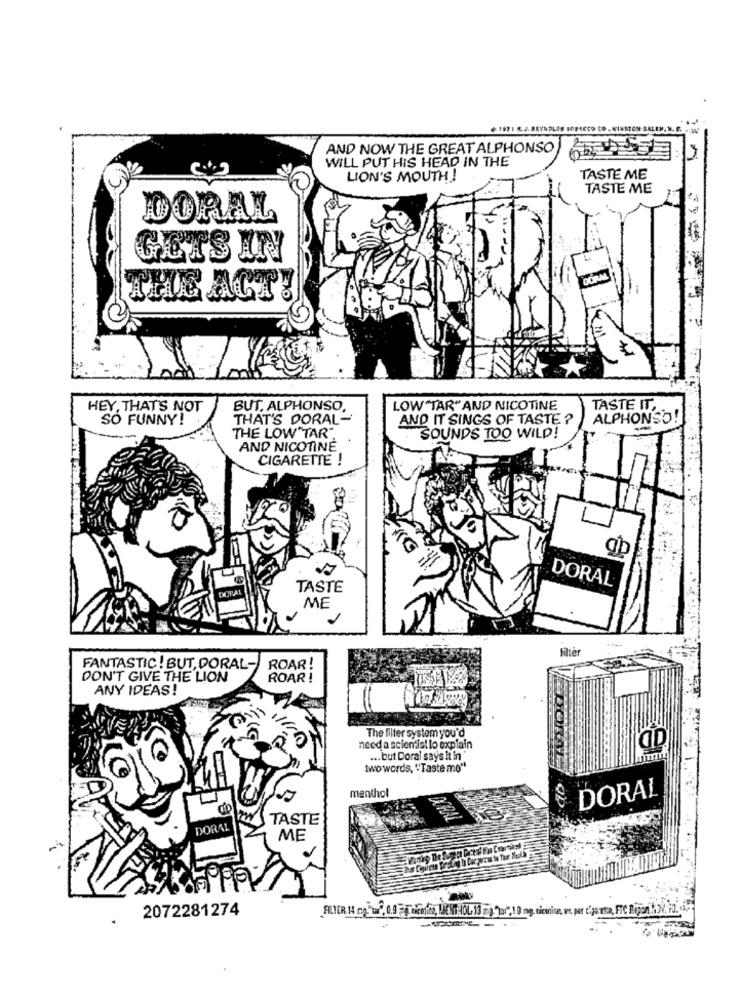
1971 IL. J. REYNOLDS BOPACCO CO .
- W
AND NOW THE GREAT ALPHONSO
WILL PUT HIS HEAD IN THE
LION'S MOUTH !
TASTE ME
TASTE ME
DORAL
GETS IN
THE ACT
. M
HEY, THAT'S NOT
BUT. ALPHONSO,
LOW"TAR" AND NICOTINE
TASTE IT,
SO FUNNY!
THAT'S DORAL-
AND IT SINGS OF TASTE ?
ALPHONSO!
THE LOW"TAR".
SOUNDS TOO WILD!
AND NICOTINE
CIGARETTE !
MC
DORAL
DORAL
TASTE
ME
Milter
FANTASTIC! BUT, DORAL-
ROAR!
DON'T GIVE THE LION
ROAR !
ANY IDEAS!
The filter system you'd
need a scientist lo explain
... but Doral says it in'
two words, "Taste mo"
menthol
DORAL
TASTE
DORAL
ME
2072281274
FLIER 14 mg"",00 Toronto, MENTHOL 13 ) har",10 mg nicotina, mr. per janta, Fre Diyor ,ON, P. 4 .-